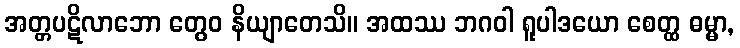
အတ္တပဋိလာဘော တွေဝ နိယျာတေသိ။ အထဿ ဘဂဝါ ရူပါဒယော စေတ္ထ ဓမ္မာ,